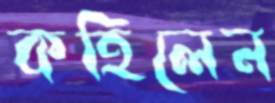
কহিলেন